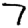
Digit: 7